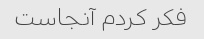
فکر کردم آنجاست